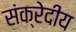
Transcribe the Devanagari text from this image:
संक्रेदीय